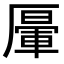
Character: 𠪷